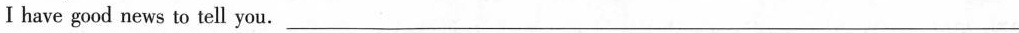
I have good news to tell you.____